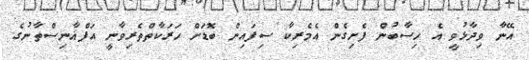
އޭނާ ވިދާޅުވީ އެ ހިސާބުން ފެށިގެން އެމެރިކާ ސިފައިން ބޮޑަށް ހަރަކާތްތެރިވާނީ އަފްޣާނިސްތާނުގެ